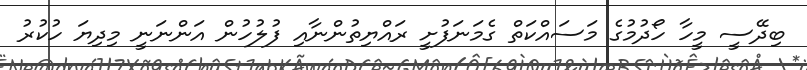
ބިދޭސީ މީހާ ހޯދުމުގެ މަސައްކަތް ގެމަނަފުށީ ރައްޔިތުންނާއި ފުލުހުން އަންނަނީ މިދިޔަ ހުކުރު